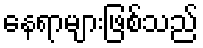
နေရာများဖြစ်သည်